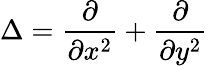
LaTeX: \Delta=\frac{\partial}{\partial x^{2}}+\frac{\partial}{\partial y^{2}}